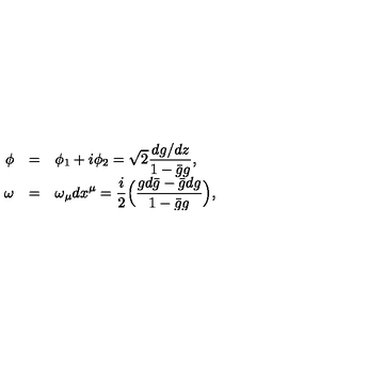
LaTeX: \begin{array} { r c l } { \phi } & { = } & { \displaystyle \phi _ { 1 } + i \phi _ { 2 } = \sqrt { 2 } \frac { d g / d z } { 1 - \bar { g } g } , } \\ { \omega } & { = } & { \displaystyle \omega _ { \mu } d x ^ { \mu } = \frac { i } { 2 } \Big ( \frac { g d \bar { g } - \bar { g } d g } { 1 - \bar { g } g } \Big ) , } \\ \end{array}